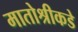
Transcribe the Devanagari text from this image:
मातोश्रीकडे